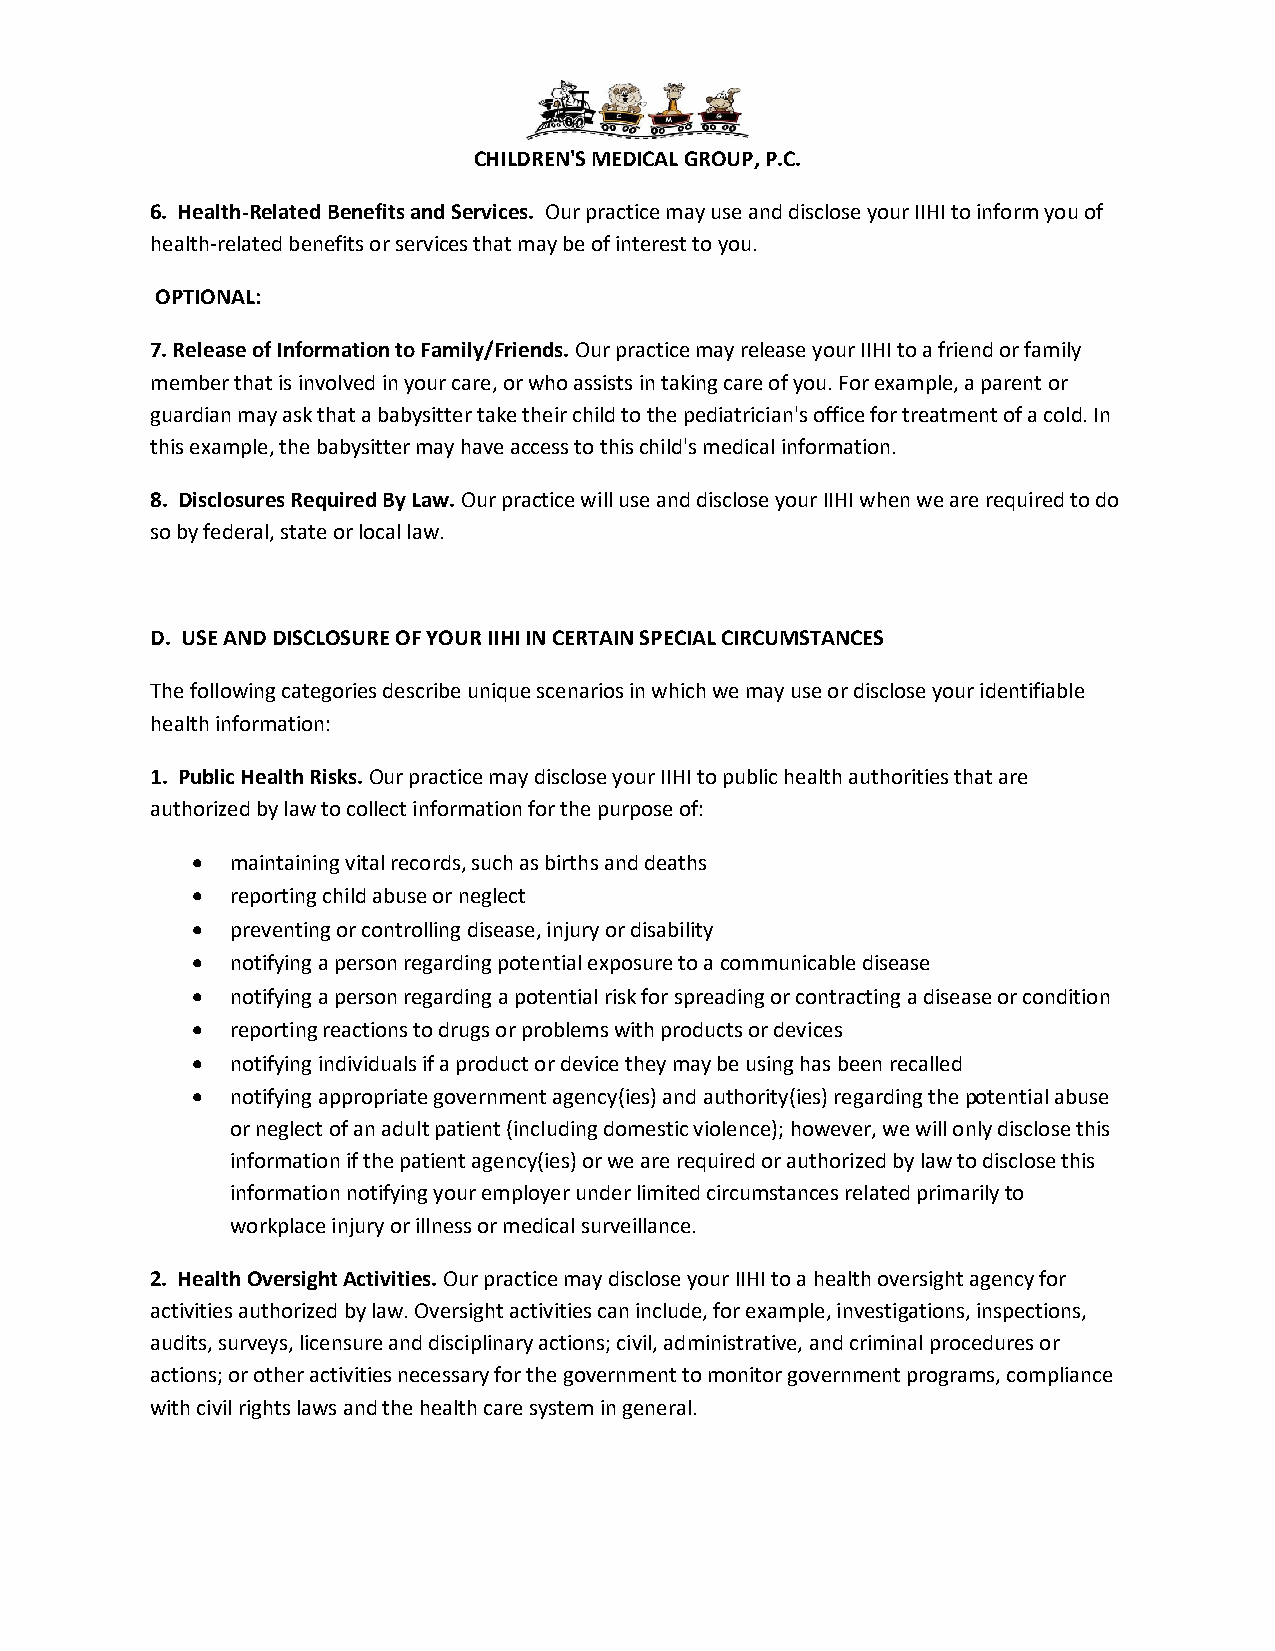
CHILDREN'S MEDICAL GROUP, P.C.
 6. Health-Related Benefits and Services. Our practice may use and disclose your IIHI to inform you of
 health-related benefits or services that may be of interest to you.
 OPTIONAL:
 7. Release of Information to Family/Friends. Our practice may release your IIHI to a friend or family
 member that is involved in your care, or who assists in taking care of you. For example, a parent or
 guardian may ask that a babysitter take their child to the pediatrician's office for treatment of a cold. In
 this example, the babysitter may have access to this child's medical information.
 8. Disclosures Required By Law. Our practice will use and disclose your IIHI when we are required to do
 so by federal, state or local law.
 D. USE AND DISCLOSURE OF YOUR IIHI IN CERTAIN SPECIAL CIRCUMSTANCES
 The following categories describe unique scenarios in which we may use or disclose your identifiable
 health information:
 1. Public Health Risks. Our practice may disclose your IIHI to public health authorities that are
 authorized by law to collect information for the purpose of:
 • maintaining vital records, such as births and deaths
 • reporting child abuse or neglect
 • preventing or controlling disease, injury or disability
 • notifying a person regarding potential exposure to a communicable disease
 • notifying a person regarding a potential risk for spreading or contracting a disease or condition
 • reporting reactions to drugs or problems with products or devices
 • notifying individuals if a product or device they may be using has been recalled
 • notifying appropriate government agency(ies) and authority(ies) regarding the potential abuse
 or neglect of an adult patient (including domestic violence); however, we will only disclose this
 information if the patient agency(ies) or we are required or authorized by law to disclose this
 information notifying your employer under limited circumstances related primarily to
 workplace injury or illness or medical surveillance.
 2. Health Oversight Activities. Our practice may disclose your IIHI to a health oversight agency for
 activities authorized by law. Oversight activities can include, for example, investigations, inspections,
 audits, surveys, licensure and disciplinary actions; civil, administrative, and criminal procedures or
 actions; or other activities necessary for the government to monitor government programs, compliance
 with civil rights laws and the health care system in general.